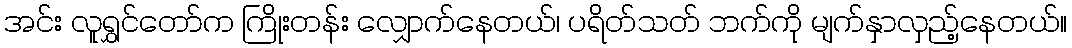
အင်း လူရွှင်တော်က ကြိုးတန်း လျှောက်နေတယ်၊ ပရိတ်သတ် ဘက်ကို မျက်နှာလှည့်နေတယ်။